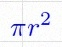
\pi r^2